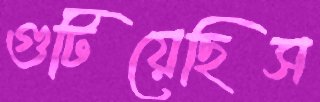
গুটিয়েছিস